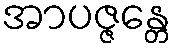
အာပဇ္ဇန္တေ